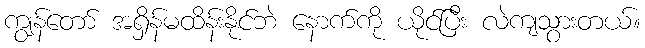
ကျွန်တော် အရှိန်မထိန်းနိုင်ဘဲ နောက်ကို ယိုင်ပြီး လဲကျသွားတယ်။